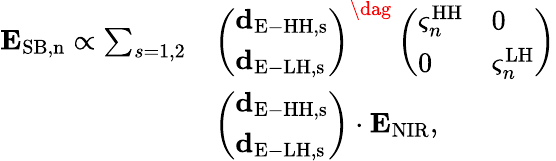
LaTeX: \begin{array}{rl}{{\mathbf E}_{\mathrm{SB,n}}\propto\sum_{s=1,2}}&{\left(\begin{array}{l}{{\mathbf d}_{\mathrm{E-HH,s}}}\\ {{\mathbf d}_{\mathrm{E-LH,s}}}\end{array}\right)^{\dag}\left(\begin{array}{ll}{\varsigma_{n}^{\mathrm{HH}}}&{0}\\ {0}&{\varsigma_{n}^{\mathrm{LH}}}\end{array}\right)}\\ &{\left(\begin{array}{l}{{\mathbf d}_{\mathrm{E-HH,s}}}\\ {{\mathbf d}_{\mathrm{E-LH,s}}}\end{array}\right)\cdot{\mathbf E}_{\mathrm{NIR}},}\end{array}